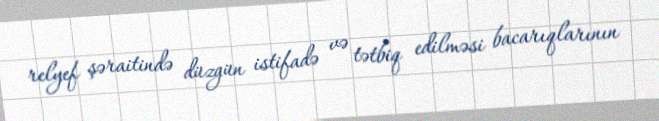
relyef şəraitində düzgün istifadə və tətbiq edilməsi bacarıqlarının